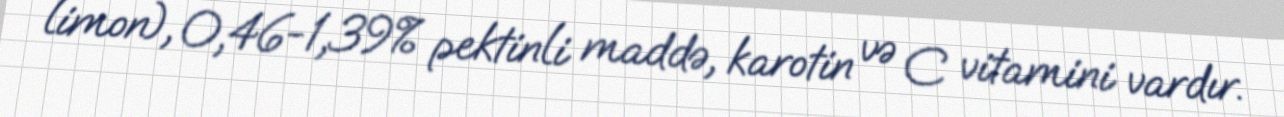
limon), 0,46-1,39% pektinli maddə, karotin və C vitamini vardır.